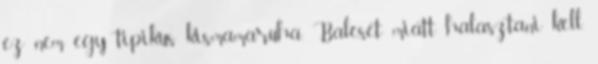
ez nem egy tipikus kismamaruha. Baleset miatt halasztani kell.